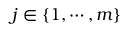
j \in \left\{ 1 , \cdots , m \right\}